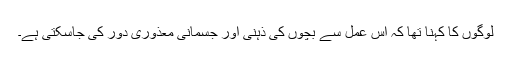
لوگوں کا کہنا تھا کہ اس عمل سے بچوں کی ذہنی اور جسمانی معذوری دور کی جاسکتی ہے۔